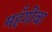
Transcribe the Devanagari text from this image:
महँगीबा